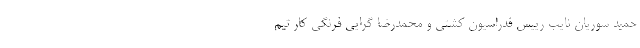
حمید سوریان نایب رییس فدراسیون کشتی و محمدرضا گرایی فرنگی کار تیم